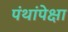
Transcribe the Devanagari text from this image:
पंथांपेक्षा